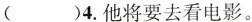
（ ）4.他将要去看电影。